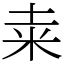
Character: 𥸮